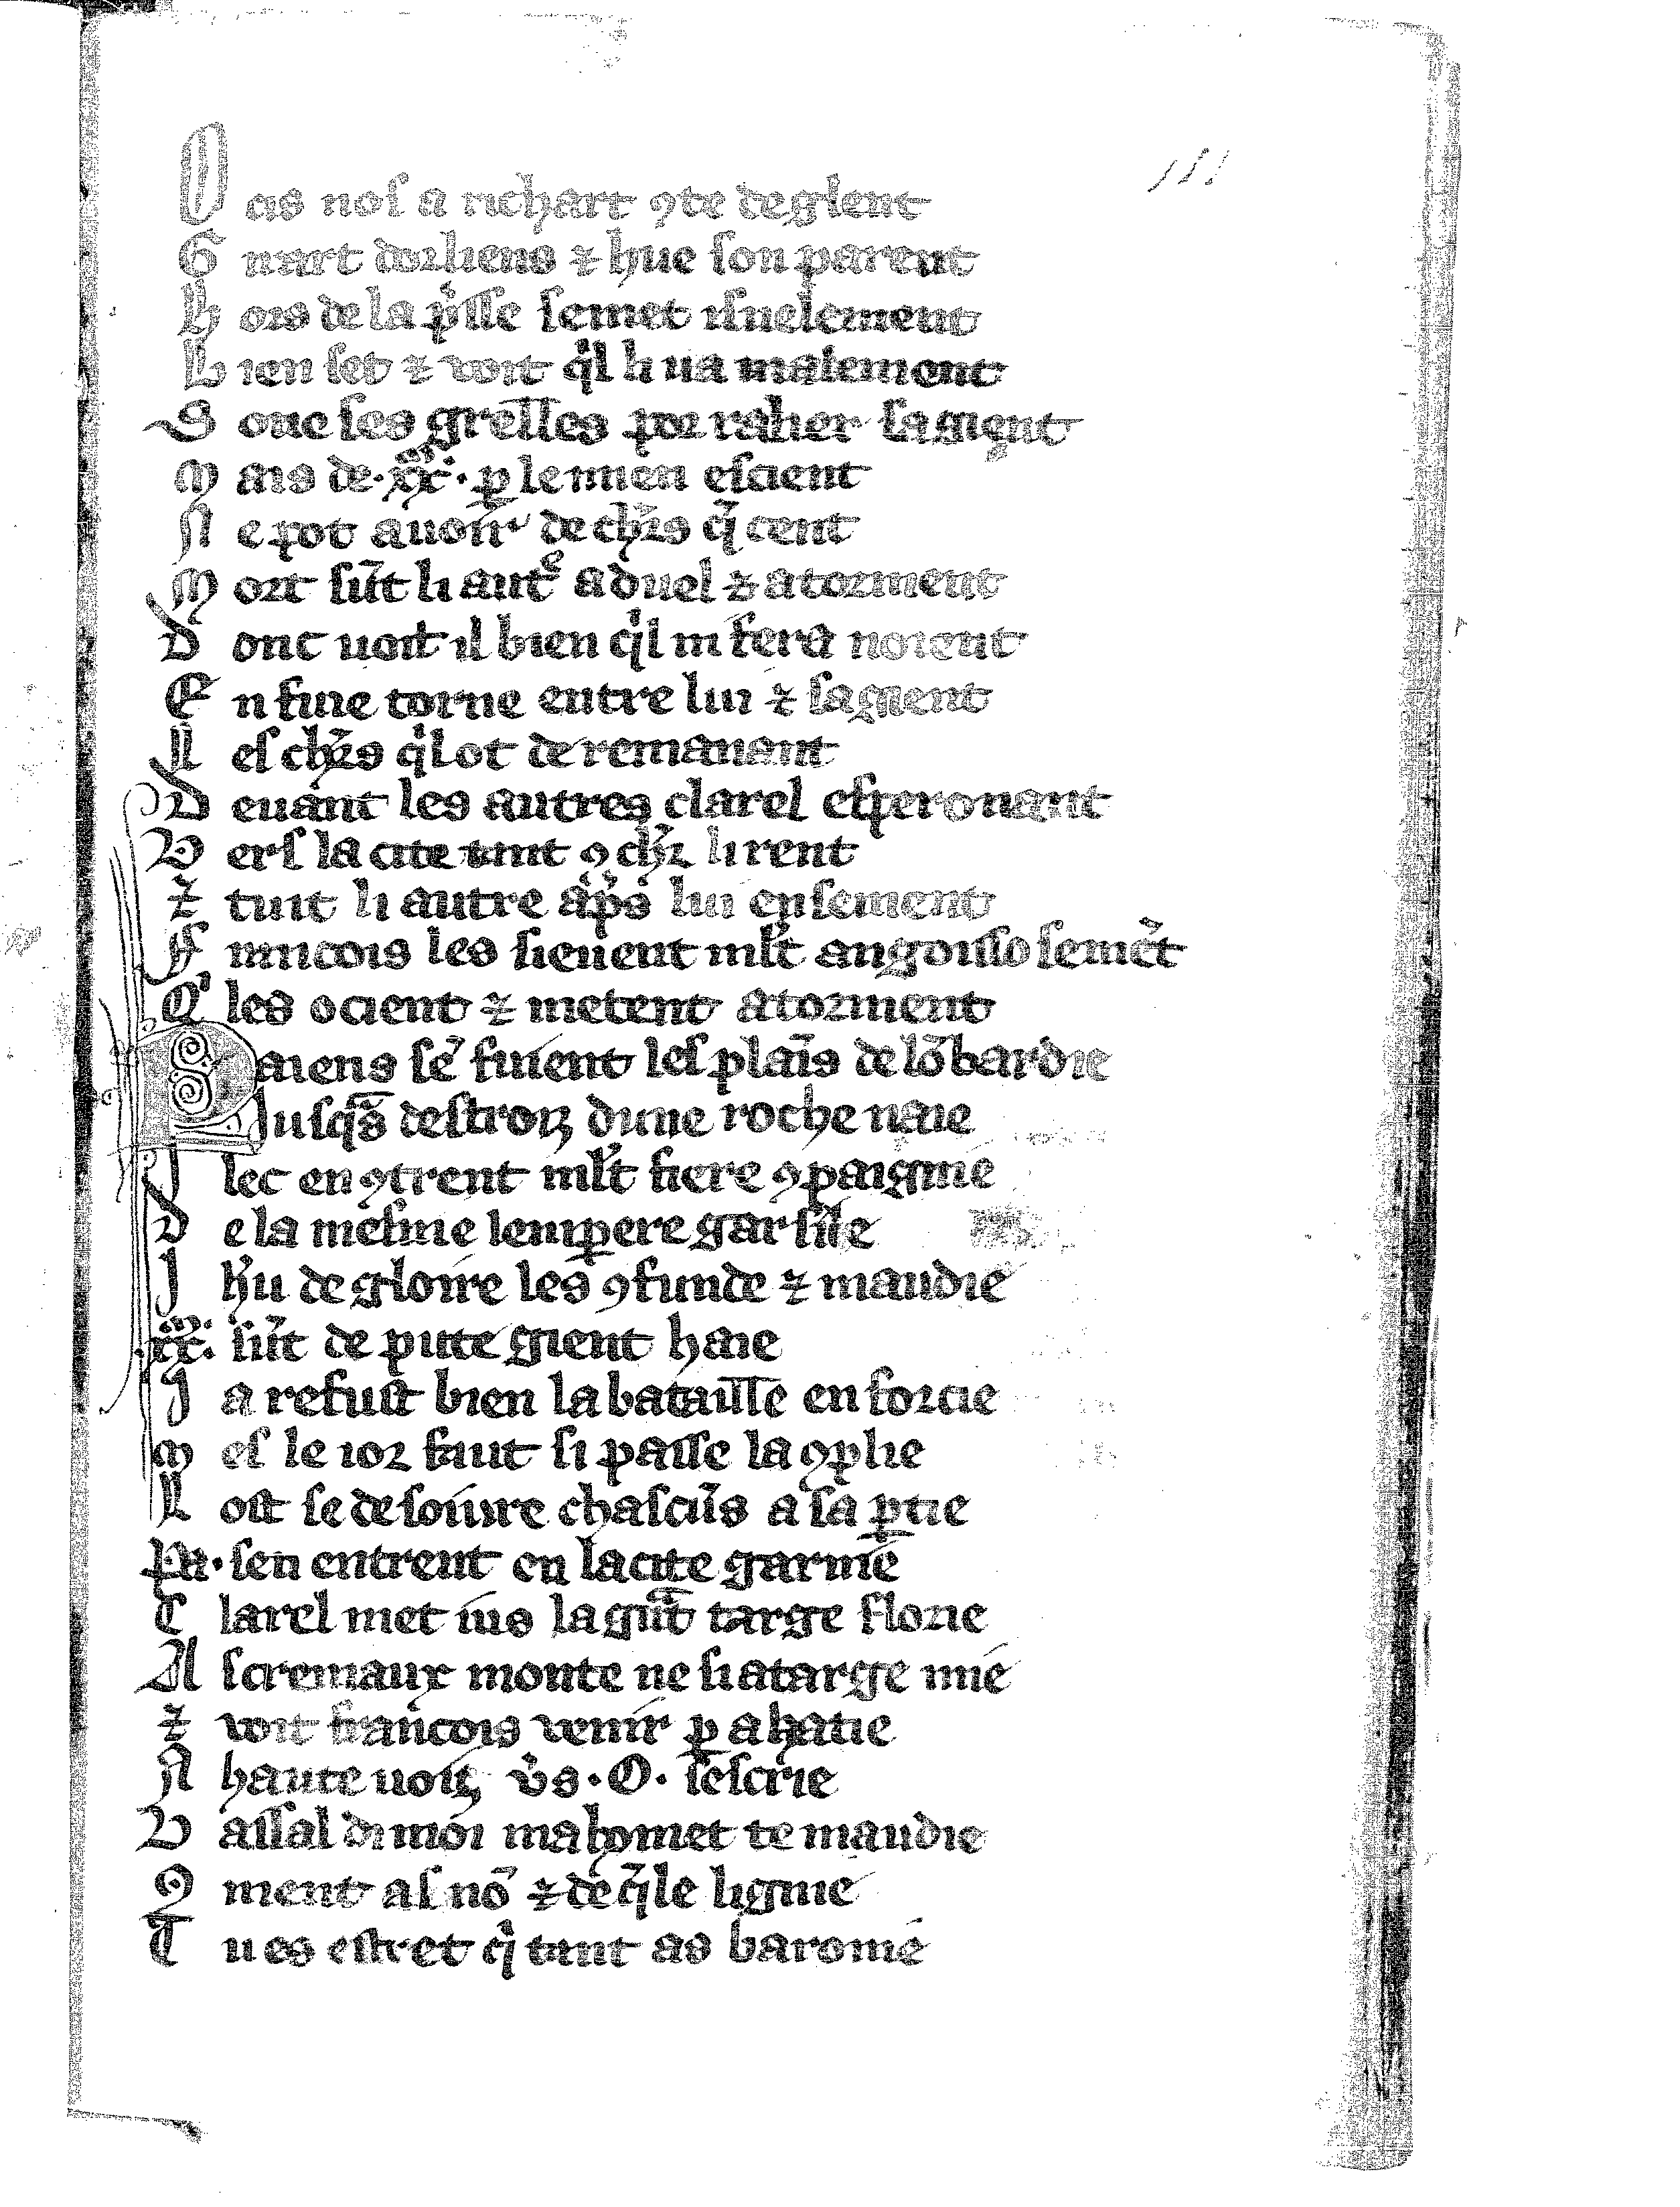
Shelfmark: Vatican, Biblioteca apostolica vaticana, Reg.lat. 1616
Century: 14